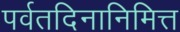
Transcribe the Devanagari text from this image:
पर्वतदिनानिमित्त